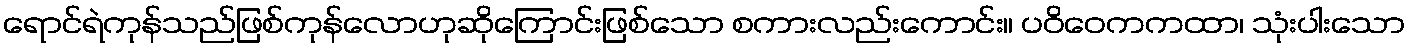
ရောင်ရဲကုန်သည်ဖြစ်ကုန်လောဟုဆိုကြောင်းဖြစ်သော စကားလည်းကောင်း။ ပဝိဝေကကထာ၊ သုံးပါးသော